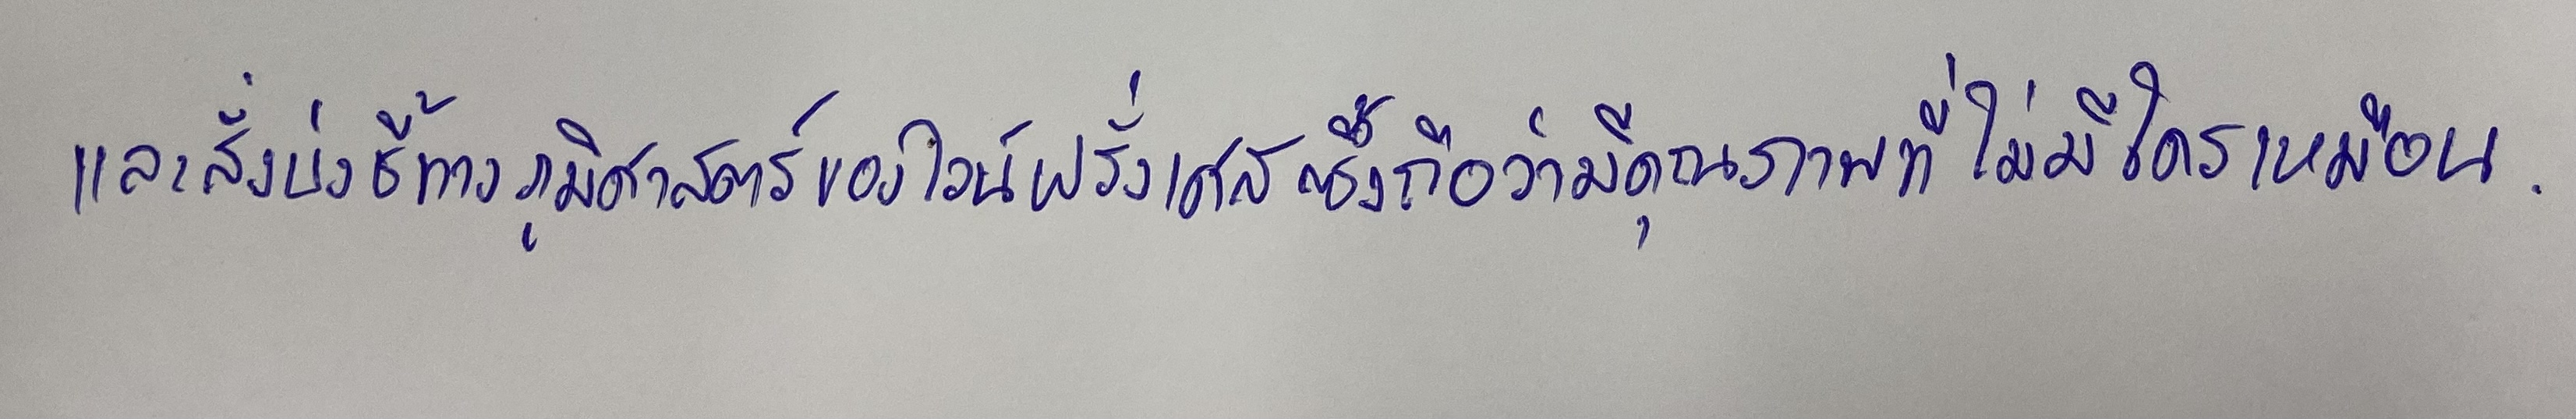
และสิ่งบ่งชี้ทางภูมิศาสตร์ของไวน์ฝรั่งเศสซึ่งถือว่ามีคุณภาพที่ไม่มีใครเหมือน